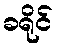
ခရိုင်